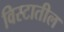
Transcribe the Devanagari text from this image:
विस्टातील